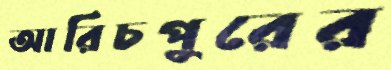
আরিচপুরের